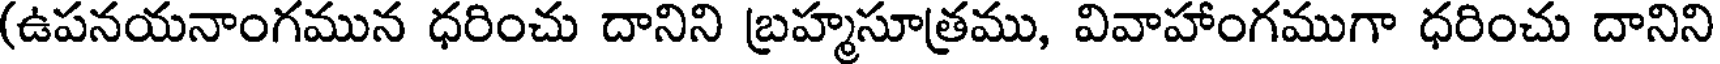
(ఉపనయనాంగమున ధరించు దానిని బ్రహ్మసూత్రము, వివాహాంగముగా ధరించు దానిని